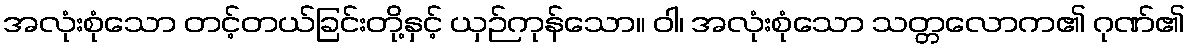
အလုံးစုံသော တင့်တယ်ခြင်းတို့နှင့် ယှဉ်ကုန်သော။ ဝါ၊ အလုံးစုံသော သတ္တလောက၏ ဂုဏ်၏